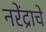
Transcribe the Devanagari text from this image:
नरेंद्राचे